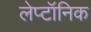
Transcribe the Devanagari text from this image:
लेप्टॉनिक